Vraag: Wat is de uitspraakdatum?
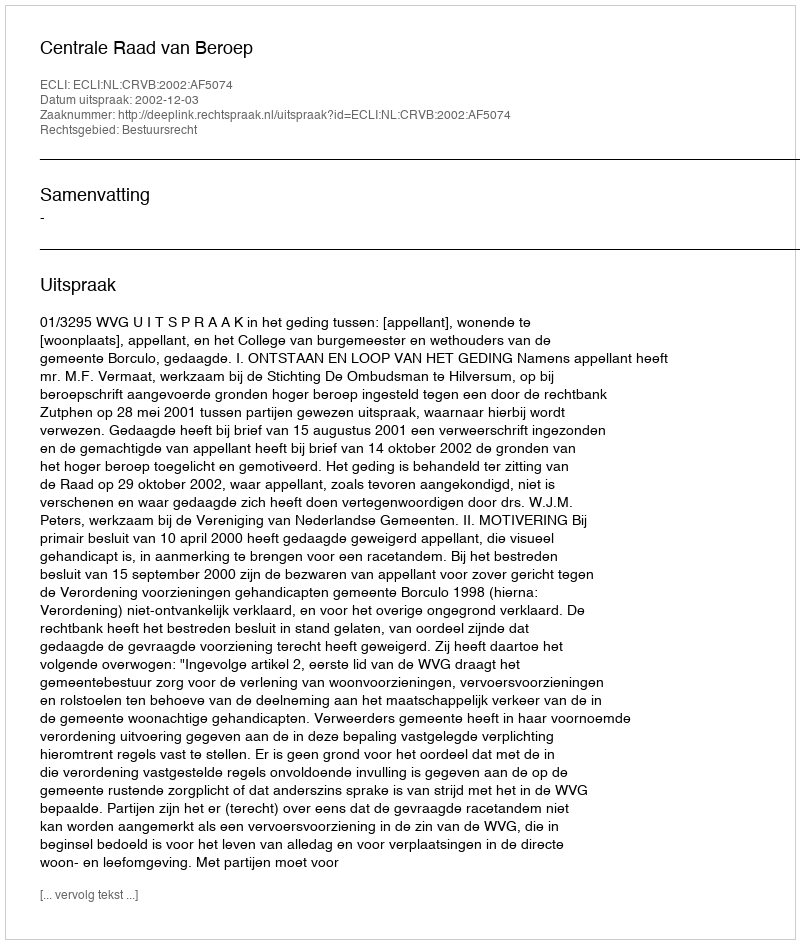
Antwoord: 2002-12-03